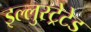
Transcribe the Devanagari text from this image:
इल्लुस्ट्रेटेड